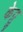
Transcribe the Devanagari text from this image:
केट्टु